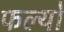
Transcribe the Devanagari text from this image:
फल्‍यो